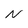
Character: N